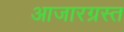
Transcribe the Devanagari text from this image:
आजारग्रस्त